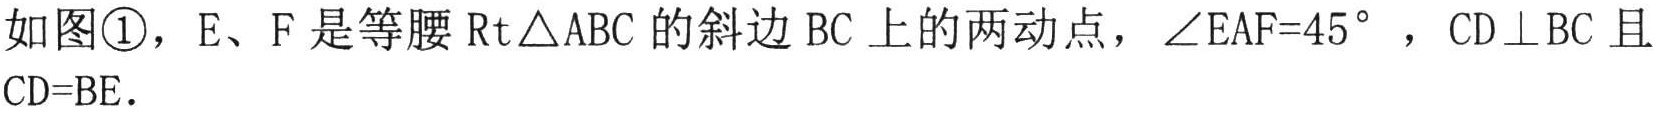
如图\textcircled{1}，E、F 是等腰$\text{Rt}\triangle ABC$的斜边 BC 上的两动点，$\angle EAF = 45^{\circ}$，$CD\perp BC$且$CD = BE$.